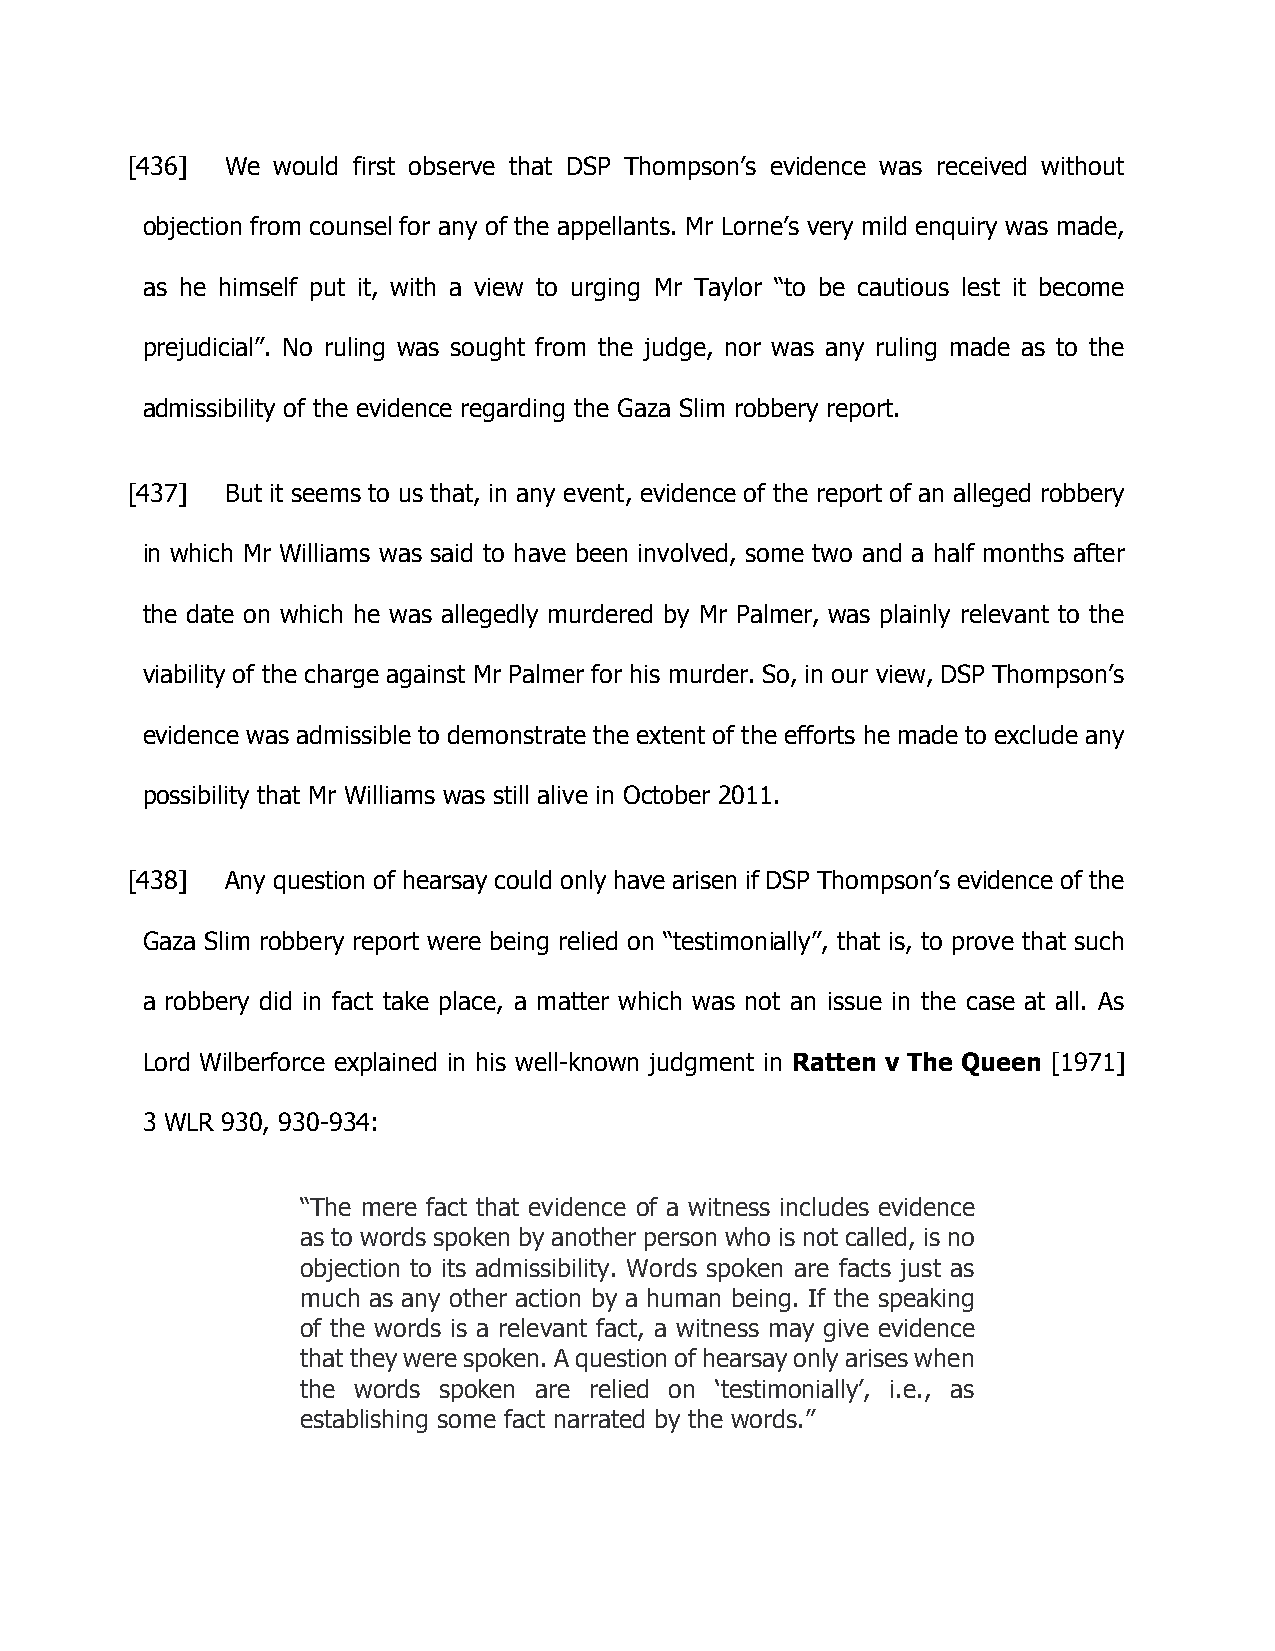
[436]  We would first observe that DSP Thompson’s evidence was received without
 objection from counsel for any of the appellants. Mr Lorne’s very mild enquiry was made,
 as he himself put it, with a view to urging Mr Taylor “to be cautious lest it become
 prejudicial”. No ruling was sought from the judge, nor was any ruling made as to the
 admissibility of the evidence regarding the Gaza Slim robbery report.
 [437]  But it seems to us that, in any event, evidence of the report of an alleged robbery
 in which Mr Williams was said to have been involved, some two and a half months after
 the date on which he was allegedly murdered by Mr Palmer, was plainly relevant to the
 viability of the charge against Mr Palmer for his murder. So, in our view, DSP Thompson’s
 evidence was admissible to demonstrate the extent of the efforts he made to exclude any
 possibility that Mr Williams was still alive in October 2011.
 [438]  Any question of hearsay could only have arisen if DSP Thompson’s evidence of the
 Gaza Slim robbery report were being relied on “testimonially”, that is, to prove that such
 a robbery did in fact take place, a matter which was not an issue in the case at all. As
 Lord Wilberforce explained in his well-known judgment in Ratten v The Queen [1971]
 3 WLR 930, 930-934:
 “The mere fact that evidence of a witness includes evidence
 as to words spoken by another person who is not called, is no
 objection to its admissibility. Words spoken are facts just as
 much as any other action by a human being. If the speaking
 of the words is a relevant fact, a witness may give evidence
 that they were spoken. A question of hearsay only arises when
 the words spoken are relied on ‘testimonially’, i.e., as
 establishing some fact narrated by the words.”